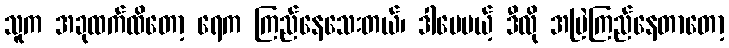
သူက အခုထက်ထိတော့ ရေက ကြည်နေသေးတယ်၊ ဒါပေမယ့် ဒီလို အမြဲကြည်နေတာတော့